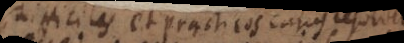
difficiles et practicos casus resolvendos